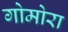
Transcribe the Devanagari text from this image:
गोमोरा